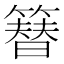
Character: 簮